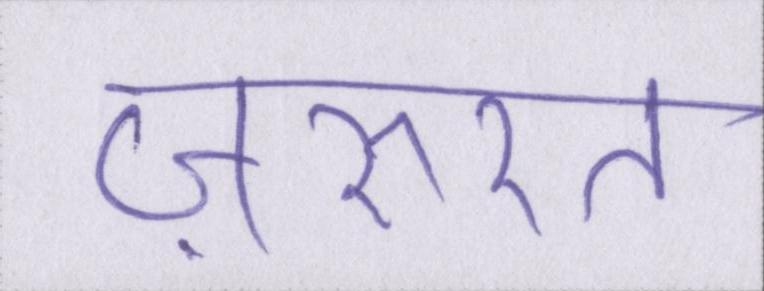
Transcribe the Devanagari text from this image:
ज़रुरत